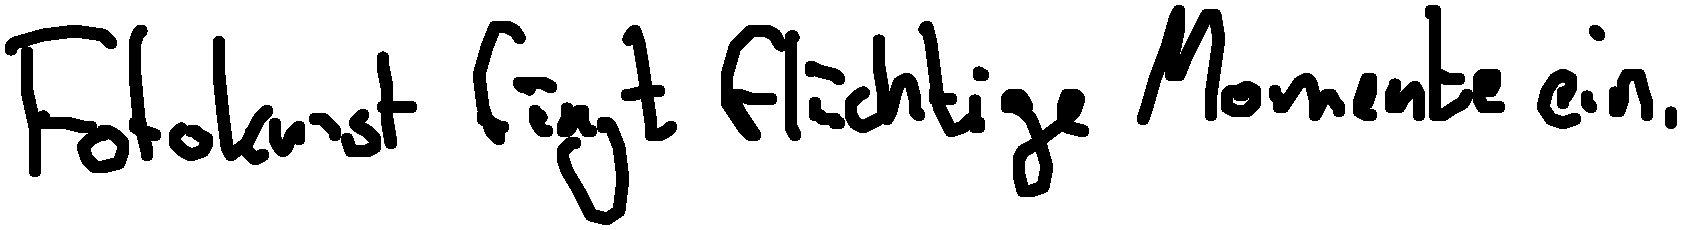
Fotokunst fängt flüchtige Momente ein.